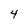
Character: 4